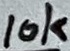
Text: 10k